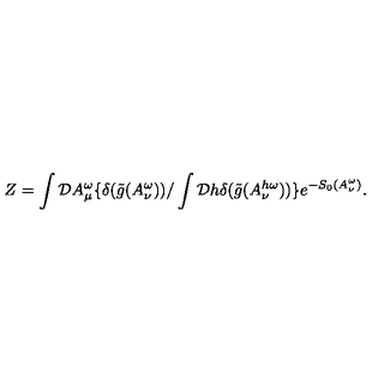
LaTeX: Z = \int { \cal D } A _ { \mu } ^ { \omega } \{ \delta ( \tilde { g } ( A _ { \nu } ^ { \omega } ) ) / \int { \cal D } h \delta ( \tilde { g } ( A _ { \nu } ^ { h \omega } ) ) \} e ^ { - S _ { 0 } ( A _ { \nu } ^ { \omega } ) } .